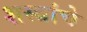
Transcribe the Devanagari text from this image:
शस्‍त्रांचे